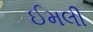
ઈમલી